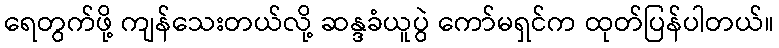
ရေတွက်ဖို့ ကျန်သေးတယ်လို့ ဆန္ဒခံယူပွဲ ကော်မရှင်က ထုတ်ပြန်ပါတယ်။